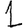
Digit: 1